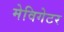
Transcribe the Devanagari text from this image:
मेविगेटर